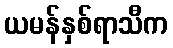
ယမန်နှစ်ရာသီက